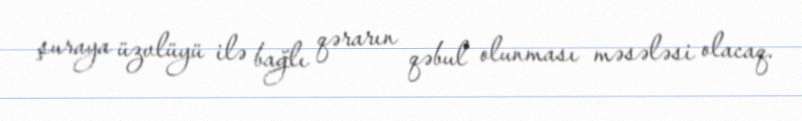
şuraya üzvlüyü ilə bağlı qərarın qəbul olunması məsələsi olacaq.